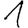
Digit: 1